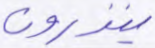
ينذرون